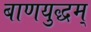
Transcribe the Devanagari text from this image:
बाणयुद्धम्